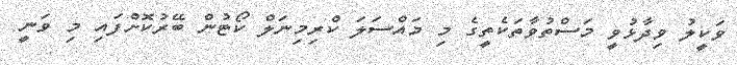
ވަކީލު ވިދާޅުވީ މަސްތުވާތަކެތީގެ މި މައްސަލަ ކްރިމިނަލް ކޯޓުން ބޭރުކޮށްފައި މި ވަނީ